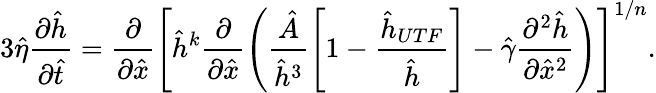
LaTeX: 3\hat{\eta}\frac{\partial\hat{h}}{\partial\hat{t}}=\frac{\partial}{\partial\hat{x}}\left[\hat{h}^{k}\frac{\partial}{\partial\hat{x}}\left(\frac{\hat{A}}{\hat{h}^{3}}\left[1-\frac{\hat{h}_{UTF}}{\hat{h}}\right]-\hat{\gamma}\frac{\partial^{2}\hat{h}}{\partial\hat{x}^{2}}\right)\right]^{1/n}.